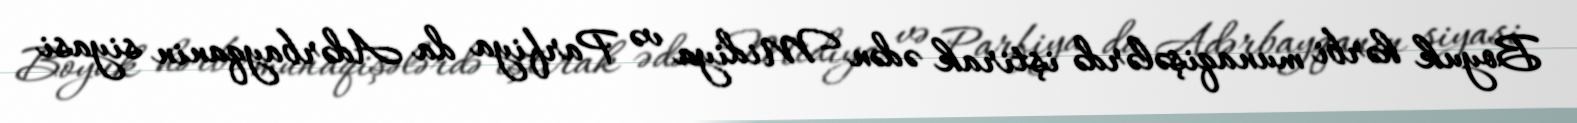
Boyuk hərbi munaqişələrdə iştirak ədən Midiya və Parfiya da Adərbayqanin siyasi